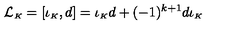
{ \cal L } _ { \scriptscriptstyle K } = [ \iota _ { \scriptscriptstyle K } , d ] = \iota _ { \scriptscriptstyle K } d + ( - 1 ) ^ { k + 1 } d \iota _ { \scriptscriptstyle K }